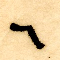
٦